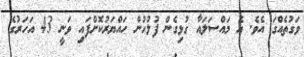
ވަގުތެއްގަ އެވެ. އެ މައްސަލައާ ގުޅިގެން ފުލުހުން ހައްޔަރުކޮށްފައި ވަނީ 43 އަހަރުގެ